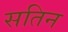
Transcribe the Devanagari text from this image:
सतिन